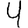
Digit: 4